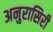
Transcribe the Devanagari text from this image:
अनुरासिरी